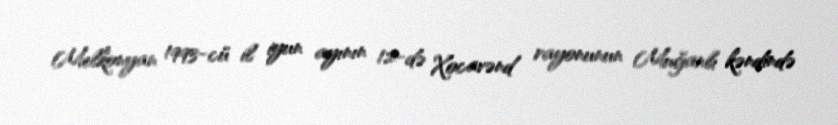
Melkonyan 1993-cü il iyun ayının 12-də Xocavənd rayonunun Muğanlı kəndində